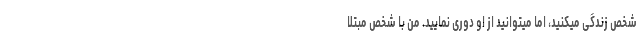
شخص زندگی میکنید، اما میتوانید از او دوری نمایید. من با شخص مبتلا